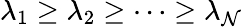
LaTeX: \lambda_{1}\geq\lambda_{2}\geq\cdots\geq\lambda_{\mathcal{N}}